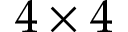
4 \times 4